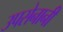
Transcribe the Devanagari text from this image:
उपसेनानी